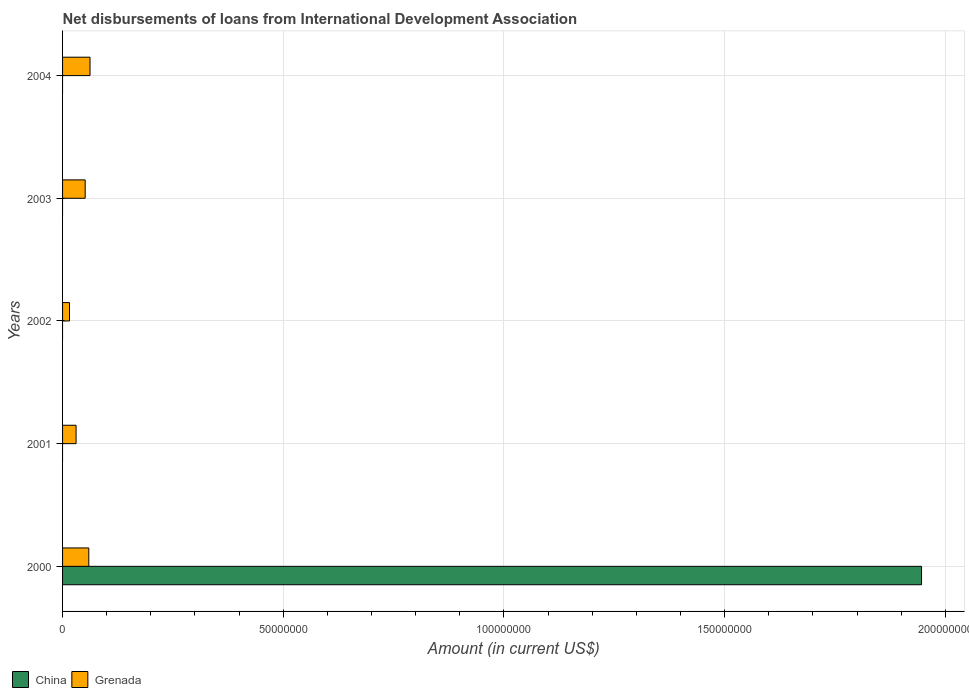
| Years | China | Grenada |
 | --- | --- | --- |
 | 2000 | 1.95e+08 | 5.94e+06 |
 | 2001 | -1.38e+08 | 3.06e+06 |
 | 2002 | -1.49e+07 | 1.57e+06 |
 | 2003 | -1.38e+07 | 5.12e+06 |
 | 2004 | -2.01e+08 | 6.22e+06 |